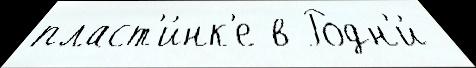
пласт'и́нк'е в Родн'и́